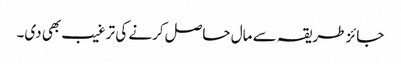
جائز طریقہ سے مال حاصل کرنے کی ترغیب بھی دی۔